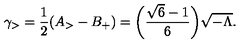
\gamma _ { > } = \frac { 1 } { 2 } ( A _ { > } - B _ { + } ) = \biggl ( \frac { \sqrt { 6 } - 1 } { 6 } \biggr ) \sqrt { - \Lambda } .